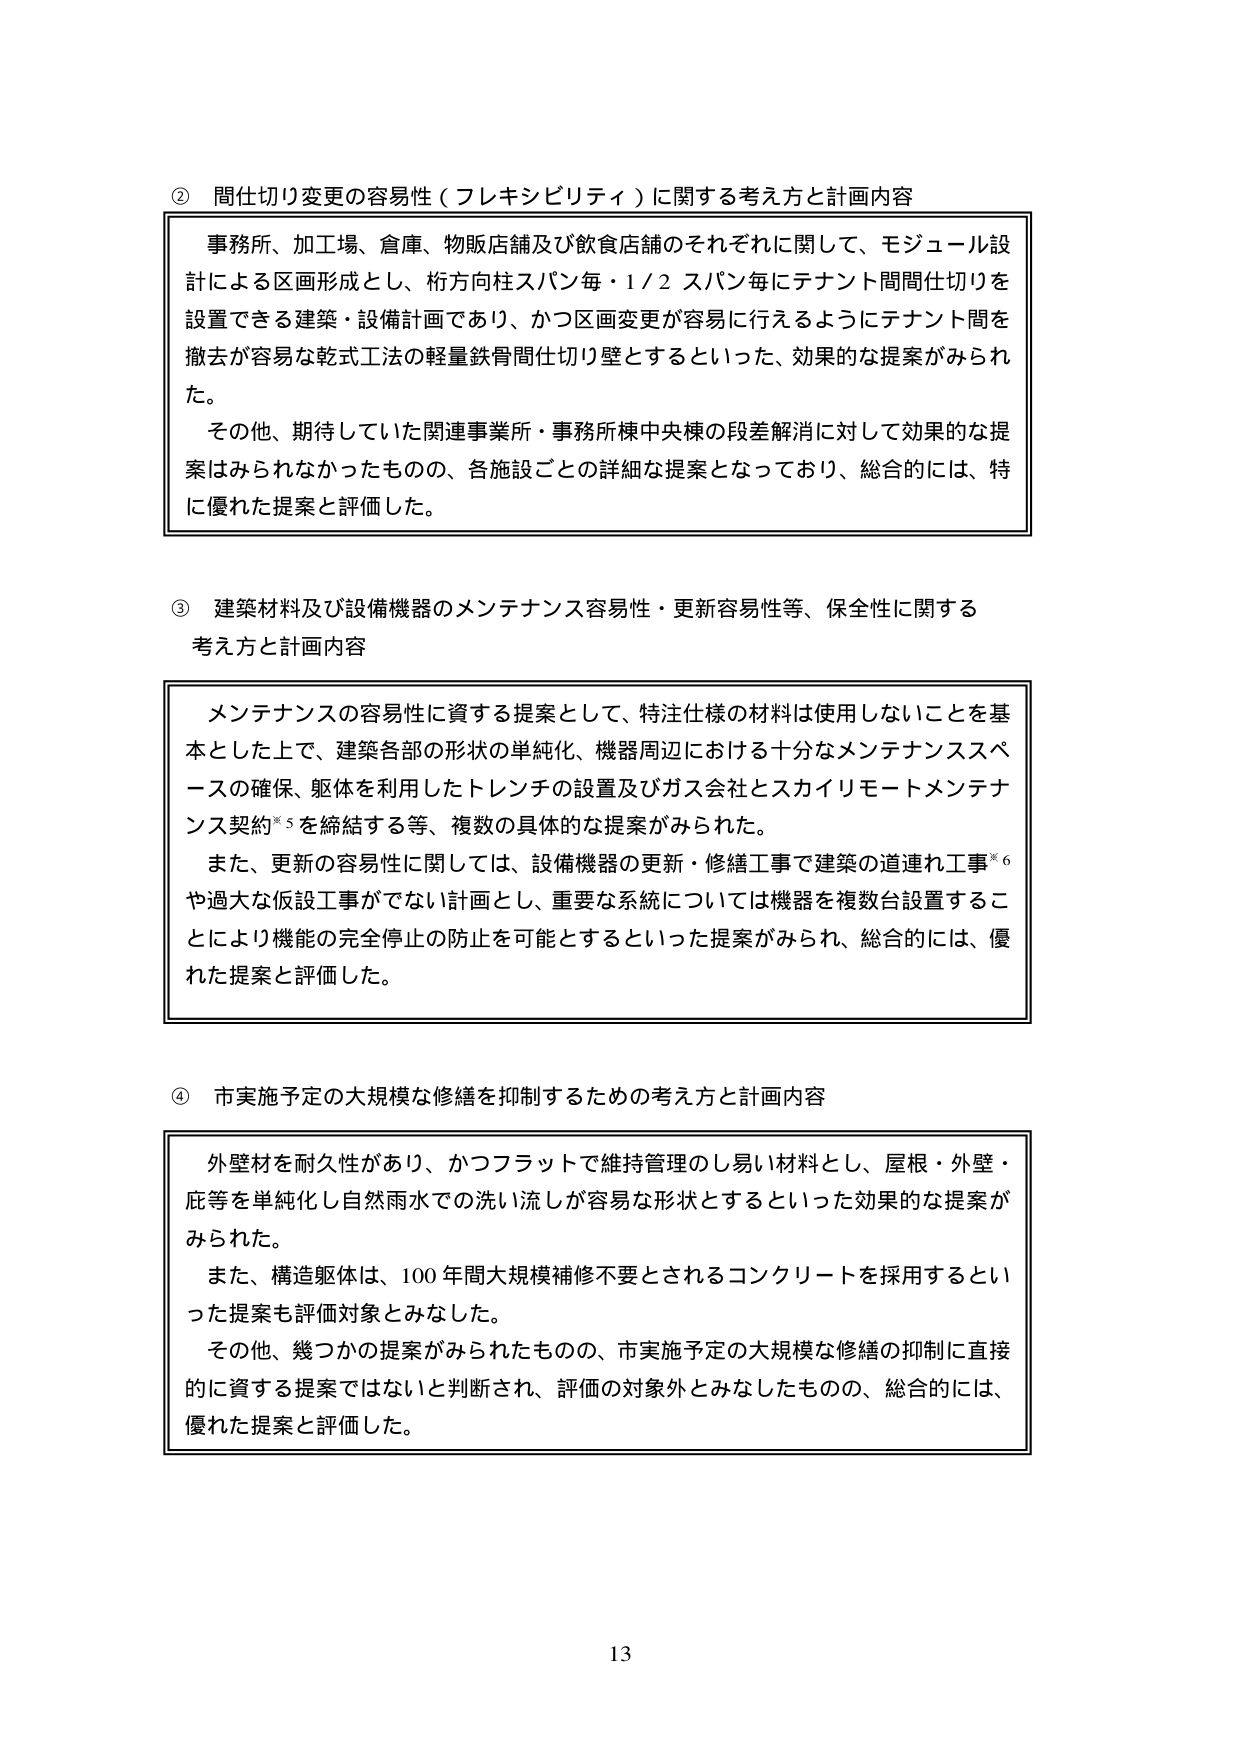
② 間仕切り変更の容易性（フレキシビリティ）に関する考え方と計画内容
事務所、加工場、倉庫、物販店舗及び飲食店舗のそれぞれに関して、モジュール設計による区画形成とし、桁方向柱スパン毎・1/2 スパン毎にテナント間間仕切りを設置できる建築・設備計画であり、かつ区画変更が容易に行えるようにテナント間を撤去が容易な乾式工法の軽量鉄骨間仕切り壁とするといった、効果的な提案がみられた。
その他、期待していた関連事業所・事務所棟中央棟の段差解消に対して効果的な提案はみられなかったものの、各施設ごとの詳細な提案となっており、総合的には、特に優れた提案と評価した。

③ 建築材料及び設備機器のメンテナンス容易性・更新容易性等、保全性に関する考え方と計画内容
メンテナンスの容易性に資する提案として、特注仕様の材料は使用しないことを基本とした上で、建築各部の形状の単純化、機器周辺における十分なメンテナンススペースの確保、躯体を利用したトレンチの設置及びガス会社とスカイリモートメンテナンス契約※5を締結する等、複数の具体的な提案がみられた。
また、更新の容易性に関しては、設備機器の更新・修繕工事で建築の連連れ工事※6や過大な仮設工事がでない計画とし、重要な系統については機器を複数台設置することにより機能の完全停止の防止を可能とするといった提案がみられ、総合的には、優れた提案と評価した。

④ 市実施予定の大規模な修繕を抑制するための考え方と計画内容
外壁材を耐久性があり、かつフラットで維持管理のし易い材料とし、屋根・外壁・庇等を単純化し自然雨水での洗い流しが容易な形状とするといった効果的な提案がみられた。
また、構造躯体は、100年間大規模補修不要とされるコンクリートを採用するといった提案も評価対象とみなした。
その他、幾つかの提案がみられたものの、市実施予定の大規模な修繕の抑制に直接的に資する提案ではないと判断され、評価の対象外とみなしたものの、総合的には、優れた提案と評価した。

13